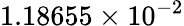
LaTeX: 1.18655\times 10^{-2}